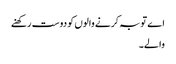
اے توبہ کرنے والوں کو دوست رکھنے
والے۔